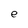
Character: e